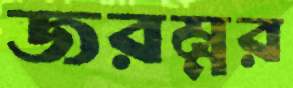
জরম্নর